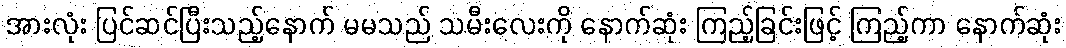
အားလုံး ပြင်ဆင်ပြီးသည့်နောက် မမသည် သမီးလေးကို နောက်ဆုံး ကြည့်ခြင်းဖြင့် ကြည့်ကာ နောက်ဆုံး